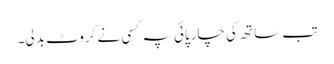
تب ساتھ کی چارپائی پہ کسی نے کروٹ بدلی۔